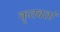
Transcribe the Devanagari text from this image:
कृतवतां